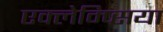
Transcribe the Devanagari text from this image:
एक्लेम्प्सिया